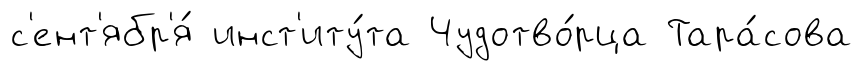
с'ент'ябр'я́ инст'иту́та Чудотво́рца Тара́сова